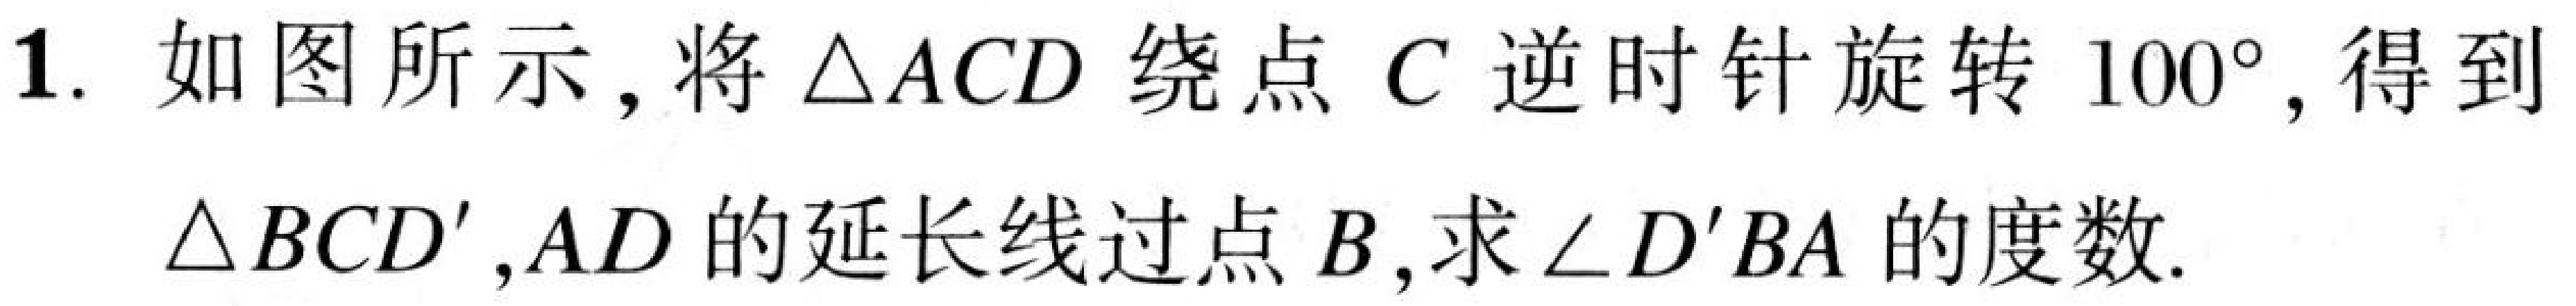
1. 如图所示，将\(\triangle ACD\)绕点\(C\)逆时针旋转\(100^{\circ}\)，得到\(\triangle BCD'\)，\(AD\)的延长线过点\(B\)，求\(\angle D'BA\)的度数.